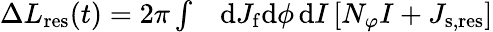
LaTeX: \begin{array}{rl}{\Delta L_{\mathrm{res}}(t)=2\pi\int}&{{}\mathrm{d}J_{\mathrm{f}}\mathrm{d}\phi\, \mathrm{d}I\, [N_{\varphi}I+J_{\mathrm{s,res}}]}\end{array}